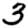
Digit: 3